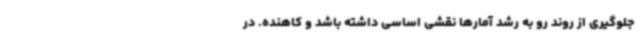
جلوگیری از روند رو به رشد آمارها نقشی اساسی داشته باشد و کاهنده. در